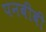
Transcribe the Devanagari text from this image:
पनबीबी